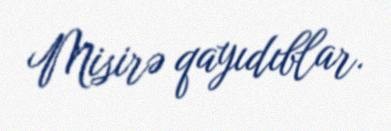
Misirə qayıdıblar.